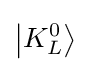
\left|K_{L}^{0}\right\rangle